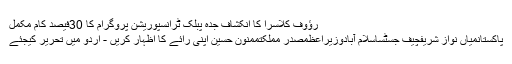
رؤوف کلاسرا کا انکشاف جدہ پبلک ٹرانسپوریشن پروگرام کا 30فیصد کام مکمل
پاکستانمیاں نواز شریفچیف جسٹساسلام آبادوزیراعظمصدر مملکتممنون حسین اپنی رائے کا اظہار کریں - اُردو میں تحریر کیجئے